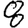
Digit: 8